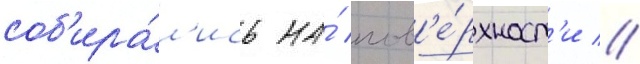
соб'ира́л'ись на́ пов'е́рхност'и //